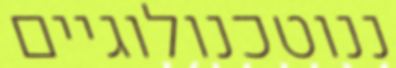
ננוטכנולוגיים